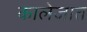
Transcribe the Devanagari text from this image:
कालेजात